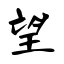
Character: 望